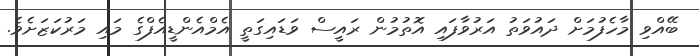
ބޭއްވި މާހެފުމަށް ދައުވަތު އަރުވާފައި އޮތުމުން ރައީސް ވަޑައިގަތީ އެމްއެންޑީއެފްގެ މައި މަރުކަޒަށެވެ.